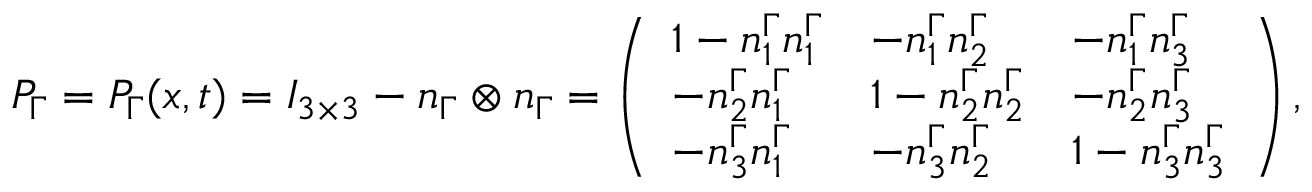
P _ { \Gamma } = P _ { \Gamma } ( x , t ) = I _ { 3 \times 3 } - n _ { \Gamma } \otimes n _ { \Gamma } = \left( \begin{array} { l l l } { 1 - n _ { 1 } ^ { \Gamma } n _ { 1 } ^ { \Gamma } } & { - n _ { 1 } ^ { \Gamma } n _ { 2 } ^ { \Gamma } } & { - n _ { 1 } ^ { \Gamma } n _ { 3 } ^ { \Gamma } } \\ { - n _ { 2 } ^ { \Gamma } n _ { 1 } ^ { \Gamma } } & { 1 - n _ { 2 } ^ { \Gamma } n _ { 2 } ^ { \Gamma } } & { - n _ { 2 } ^ { \Gamma } n _ { 3 } ^ { \Gamma } } \\ { - n _ { 3 } ^ { \Gamma } n _ { 1 } ^ { \Gamma } } & { - n _ { 3 } ^ { \Gamma } n _ { 2 } ^ { \Gamma } } & { 1 - n _ { 3 } ^ { \Gamma } n _ { 3 } ^ { \Gamma } } \end{array} \right) ,